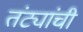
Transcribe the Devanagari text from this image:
तंट्यांची